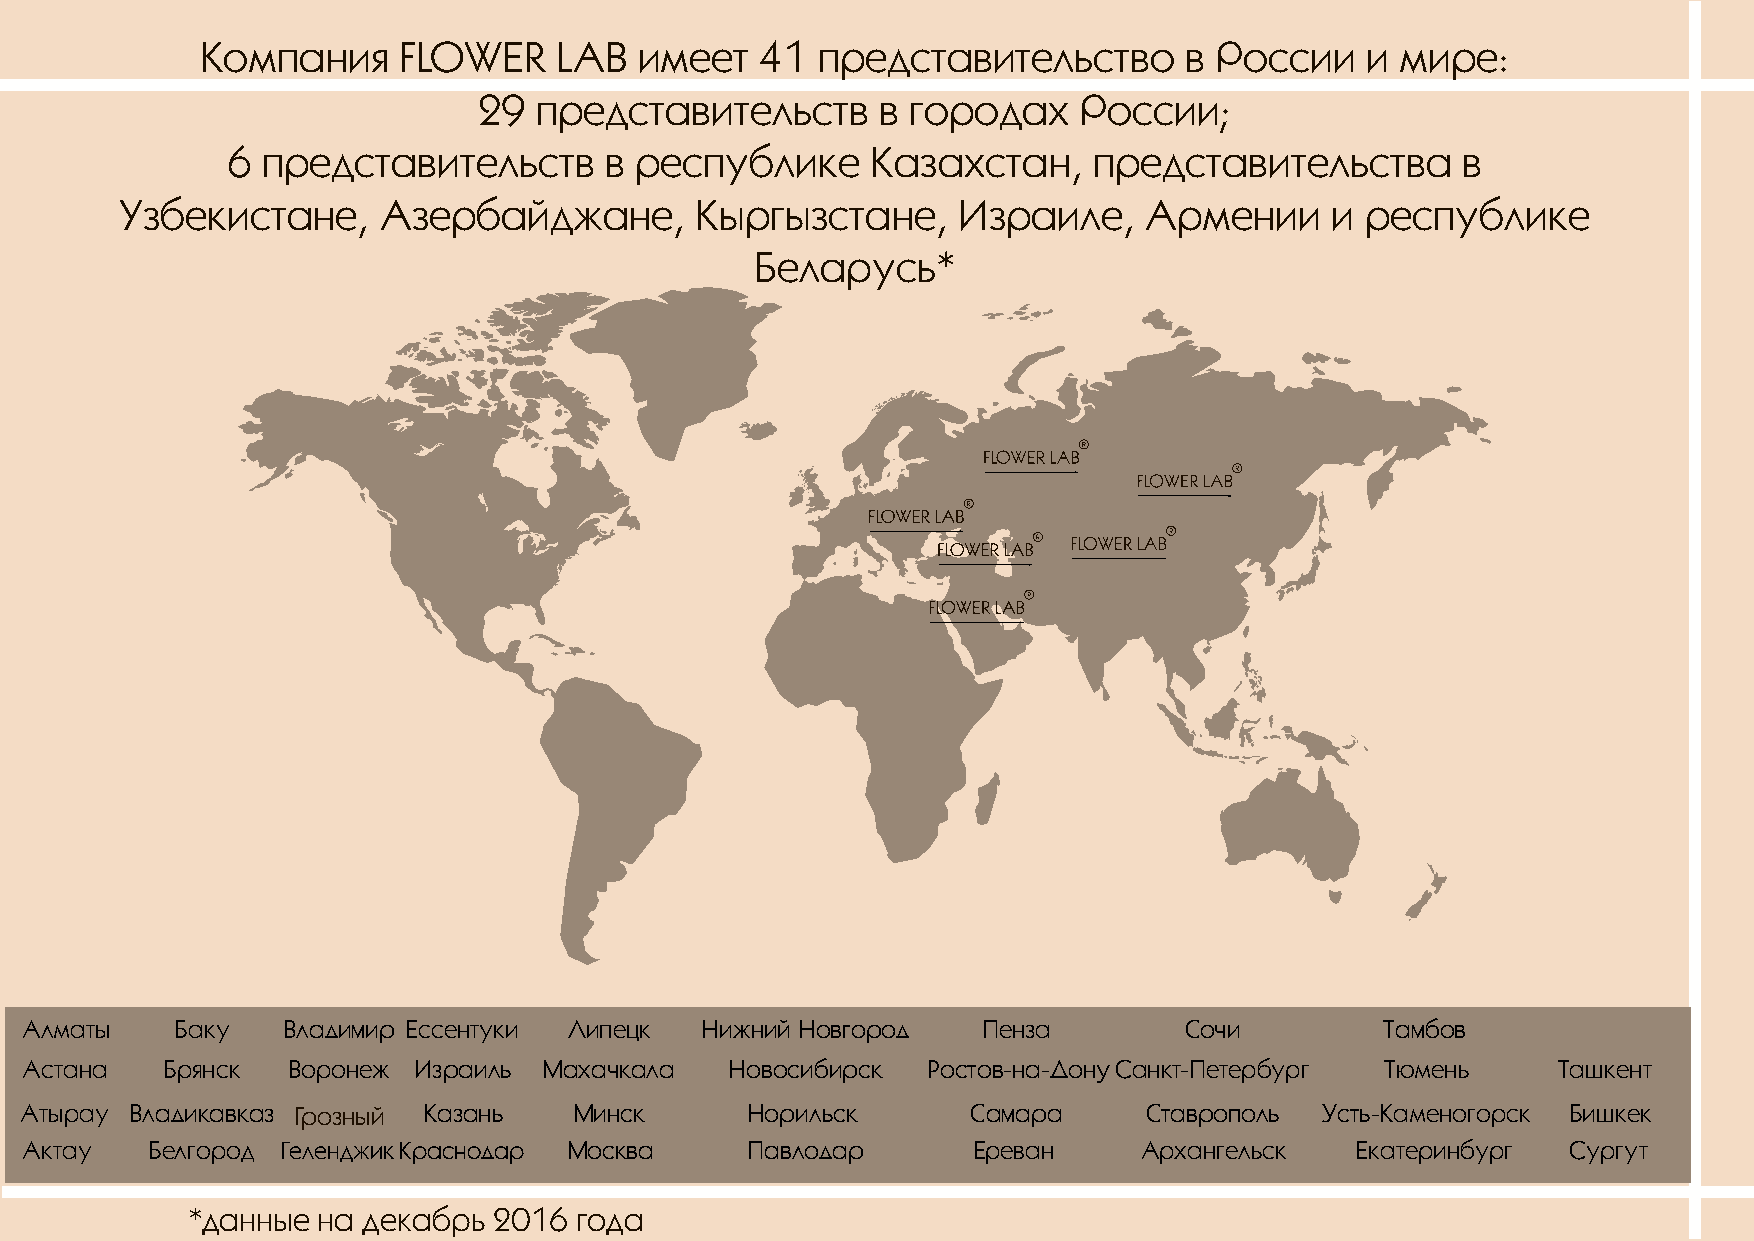
Компания     FLOWER     LAB  имеет   41  представительство       в России    и  мире:
 29  представительств      в городах    России;
 6 представительств       в республике      Казахстан,    представительства        в
 Узбекистане,     Азербайджане,        Кыргызстане,     Израиле,     Армении     и республике
 Беларусь*
 Алматы     Баку   Владимир Ессентуки Липецк  Нижний Новгород    Пенза        Сочи          Тамбов
 Астана    Брянск  Воронеж Израиль  Махачкала   Новосибирск  Ростов-на-ДонуСанкт-Петербург  Тюмень     Ташкент
 Атырау  Владикавказ Грозный Казань   Минск      Норильск       Самара      Ставрополь  Усть-Каменогорск Бишкек
 Актау    Белгород ГеленджикКраснодар Москва     Павлодар       Ереван      Архангельск   Екатеринбург  Сургут
 *данные  на декабрь  2016 года